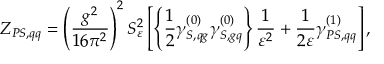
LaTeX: Z _ { P S , q q } = \left( \frac { g ^ { 2 } } { 1 6 \pi ^ { 2 } } \right) ^ { 2 } S _ { \varepsilon } ^ { 2 } \left[ \left\{ \frac { 1 } { 2 } \gamma _ { S , q g } ^ { ( 0 ) } \gamma _ { S , g q } ^ { ( 0 ) } \right\} \frac { 1 } { \varepsilon ^ { 2 } } + \frac { 1 } { 2 \varepsilon } \gamma _ { P S , q q } ^ { ( 1 ) } \right] ,